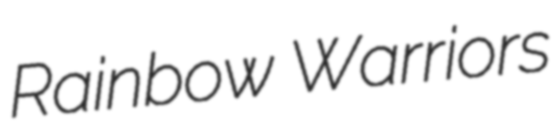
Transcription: Rainbow Warriors